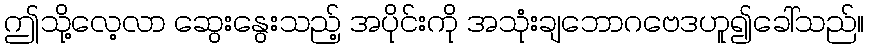
ဤသို့လေ့လာ ဆွေးနွေးသည့် အပိုင်းကို အသုံးချဘောဂဗေဒဟူ၍ခေါ်သည်။